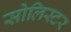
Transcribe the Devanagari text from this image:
सोलिस्टर